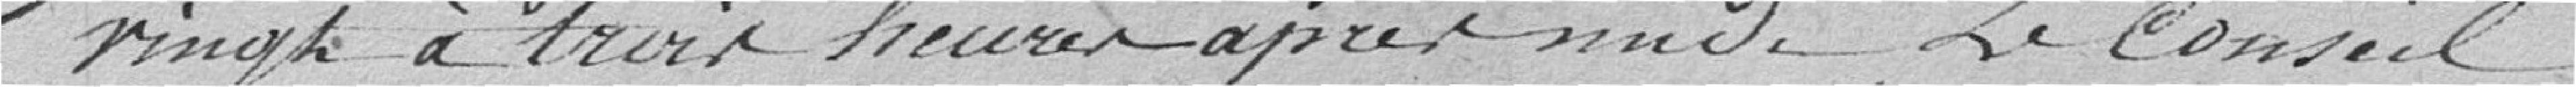
vingt à trois heures après-midi , Le Conseil